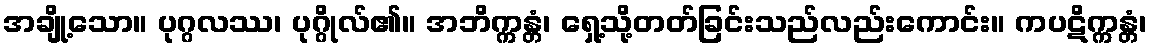
အချို့သော။ ပုဂ္ဂလဿ၊ ပုဂ္ဂိုလ်၏။ အဘိက္ကန္တံ၊ ရှေ့သို့တတ်ခြင်းသည်လည်းကောင်း။ ကပဋိက္ကန္တံ၊